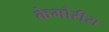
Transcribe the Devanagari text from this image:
केमोरीस